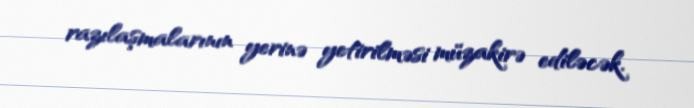
razılaşmalarının yerinə yetirilməsi müzakirə ediləcək.